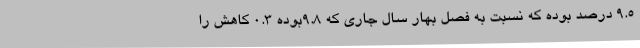
9.5 درصد بوده که نسبت به فصل بهار سال جاری که 9.8بوده 0.3 کاهش را